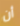
أن